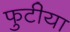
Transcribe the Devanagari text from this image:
फुटीया